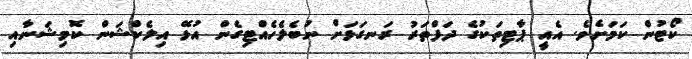
ކޯޓުން ކަމަށެވެ. އެއީ ޕާޓިތަކުގެ ދަފްތަރު ރަނގަޅަށް ނުބެލެހެއްޓިގެން އުޅޭ އިލެކްޝަން ކޮމިޝަނާއި